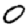
Digit: 0